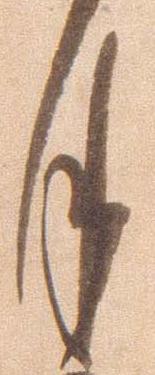
月